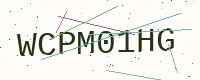
Text: WCPM01HG